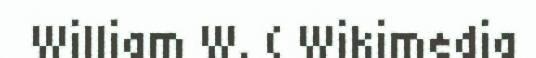
William W. ( Wikimedia